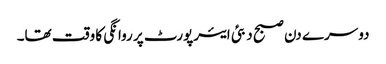
دوسرے دن صبح دبئی ایئرپورٹ پر روانگی کا وقت تھا۔